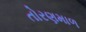
તોરણમાળ